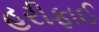
હરીફાઈ